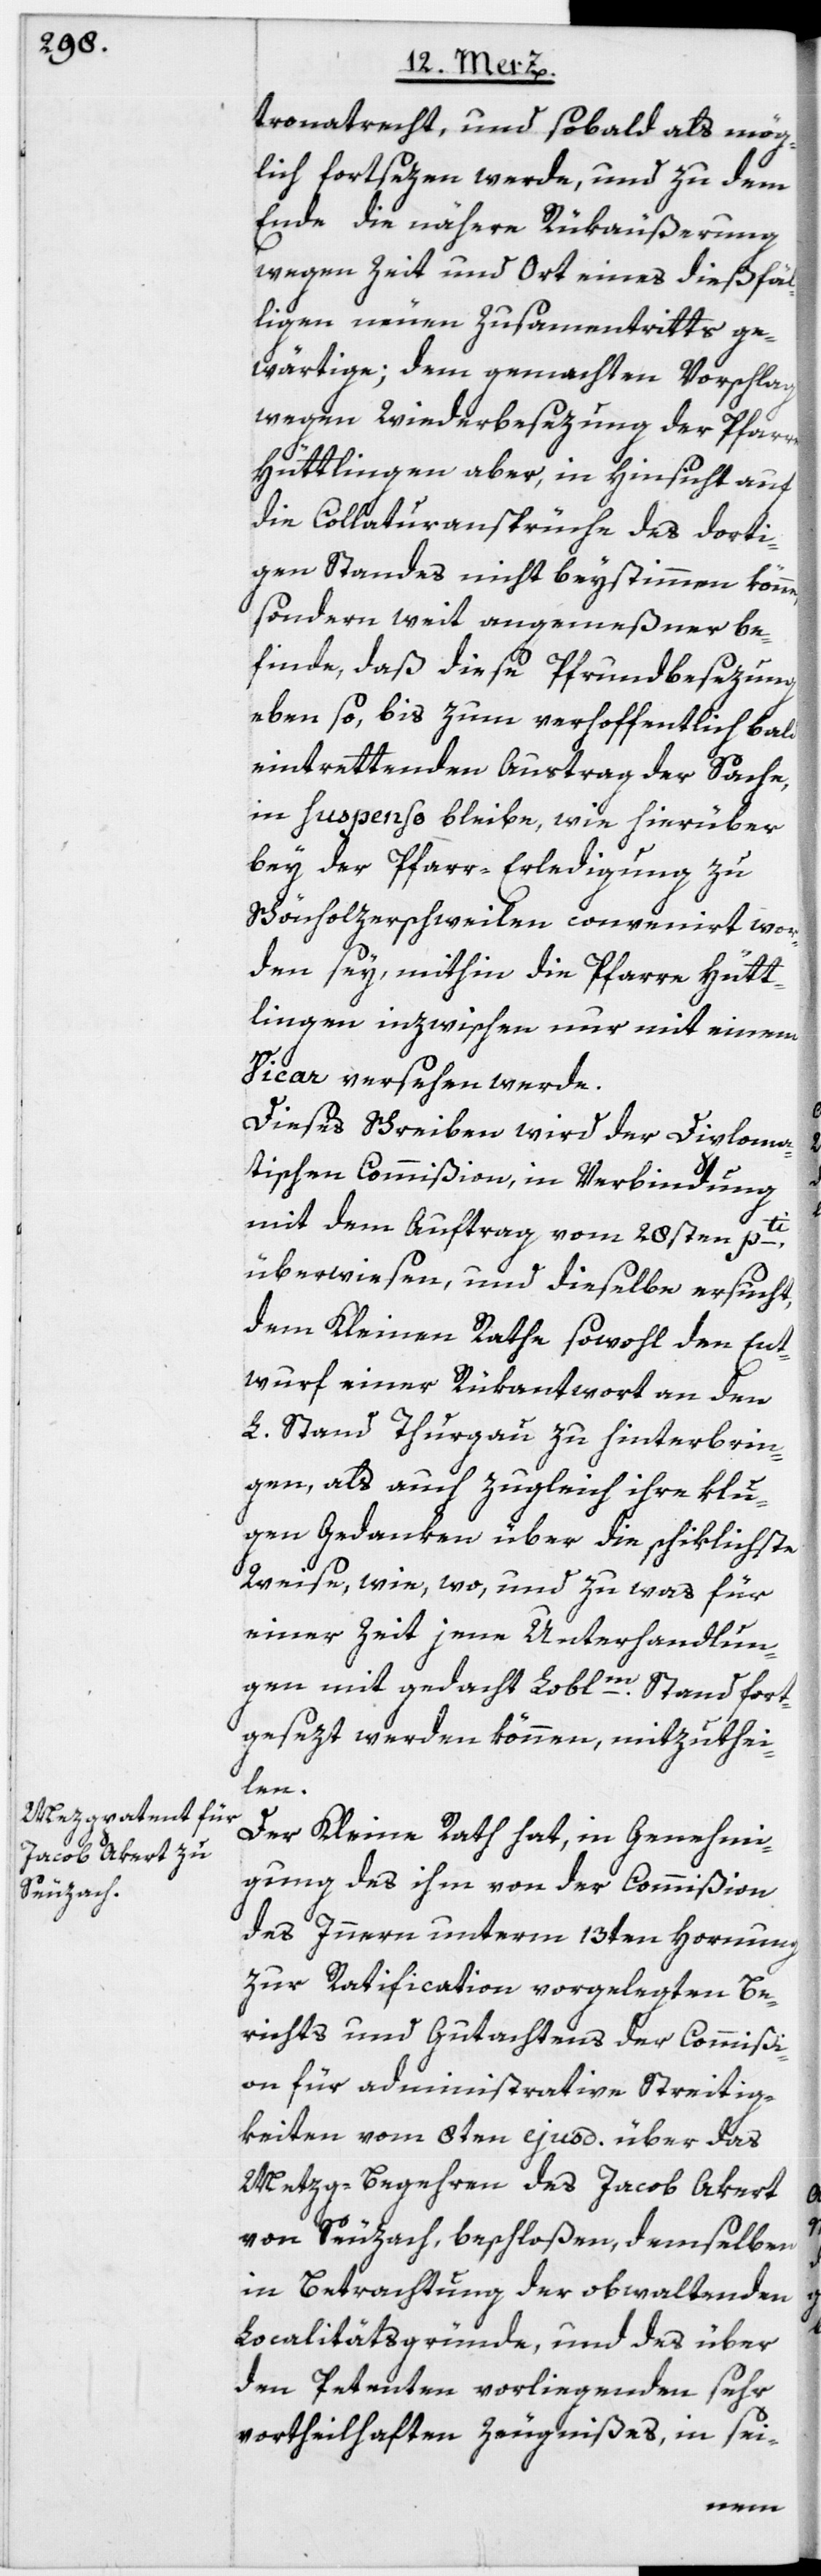
tronatrecht, und sobald als mög¬
lich fortsezen werde, und zu dem
Ende die nähere Rükäußerung
wegen Zeit und Ort eines dießfäl¬
ligen neuen Zusamentritts ge¬
wärtige; dem gemachten Vorschlag
wegen Wiederbesezung der Pfarre
Hüttlingen aber, in Hinsicht auf
die Collaturansprüche des dorti¬
gen Standes nicht beystimmen könne,
sondern weit angemeßner be¬
finde, daß diese Pfrundbesezung
eben so, bis zum verhoffentlich bald
eintrettenden Austrag der Sache,
in suspenso bleibe, wie hierüber
bey der Pfarr-Erledigung zu
Schönholzerschweilen convenirt wor¬
den sey, mithin die Pfarre Hütt¬
lingen inzwischen nur mit einem
Vicar versehen werde.
Dieses Schreiben wird der Diploma¬
tischen Commißion, in Verbindung
mit dem Auftrag vom 28sten pti,
überwiesen, und dieselbe ersucht,
dem Kleinen Rathe sowohl den Ent¬
wurf einer Rükantwort an den
L. Stand Thurgau zu hinterbrin¬
gen, als auch zugleich ihre klu¬
gen Gedanken über die schiklichste
Weise, wie, wo, und zu was für
einer Zeit jene Unterhandlun¬
gen mit gedacht Loblm. Stand fort¬
gesezt werden können, mitzuthei¬
len.
Der Kleine Rath hat, in Genehmi¬
gung des ihm von der Commißion
des Innern unterm 13ten Hornung
zur Ratification vorgelegten Be¬
richts und Gutachtens der Commißi¬
on für administrative Streitig¬
keiten vom 8ten ejusd. über das
Mezg-Begehren des Jacob Akert
von Seuzach, beschloßen, demselben
in Betrachtung der obwaltenden
Localitätsgründe, und des über
den Petenten vorliegenden sehr
vortheilhaften Zeugnißes, in sei-